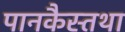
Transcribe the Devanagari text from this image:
पानकैस्तथा